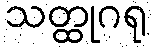
သတ္ထုဂရု